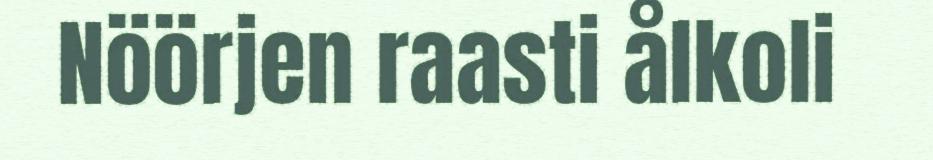
Nöörjen raasti ålkoli